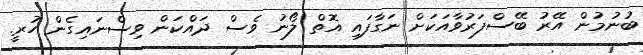
ބުނުމުން އޭރު ބޭސްފަރުވާއަކަށް ނަގާފައި އޮތް ލޯނު ވެސް ދައްކަން ވިސްނައިގެން ހުރީ.